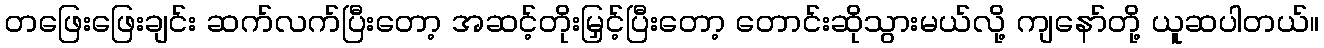
တဖြေးဖြေးချင်း ဆက်လက်ပြီးတော့ အဆင့်တိုးမြှင့်ပြီးတော့ တောင်းဆိုသွားမယ်လို့ ကျနော်တို့ ယူဆပါတယ်။